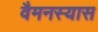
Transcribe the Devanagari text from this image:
वैमनस्यास